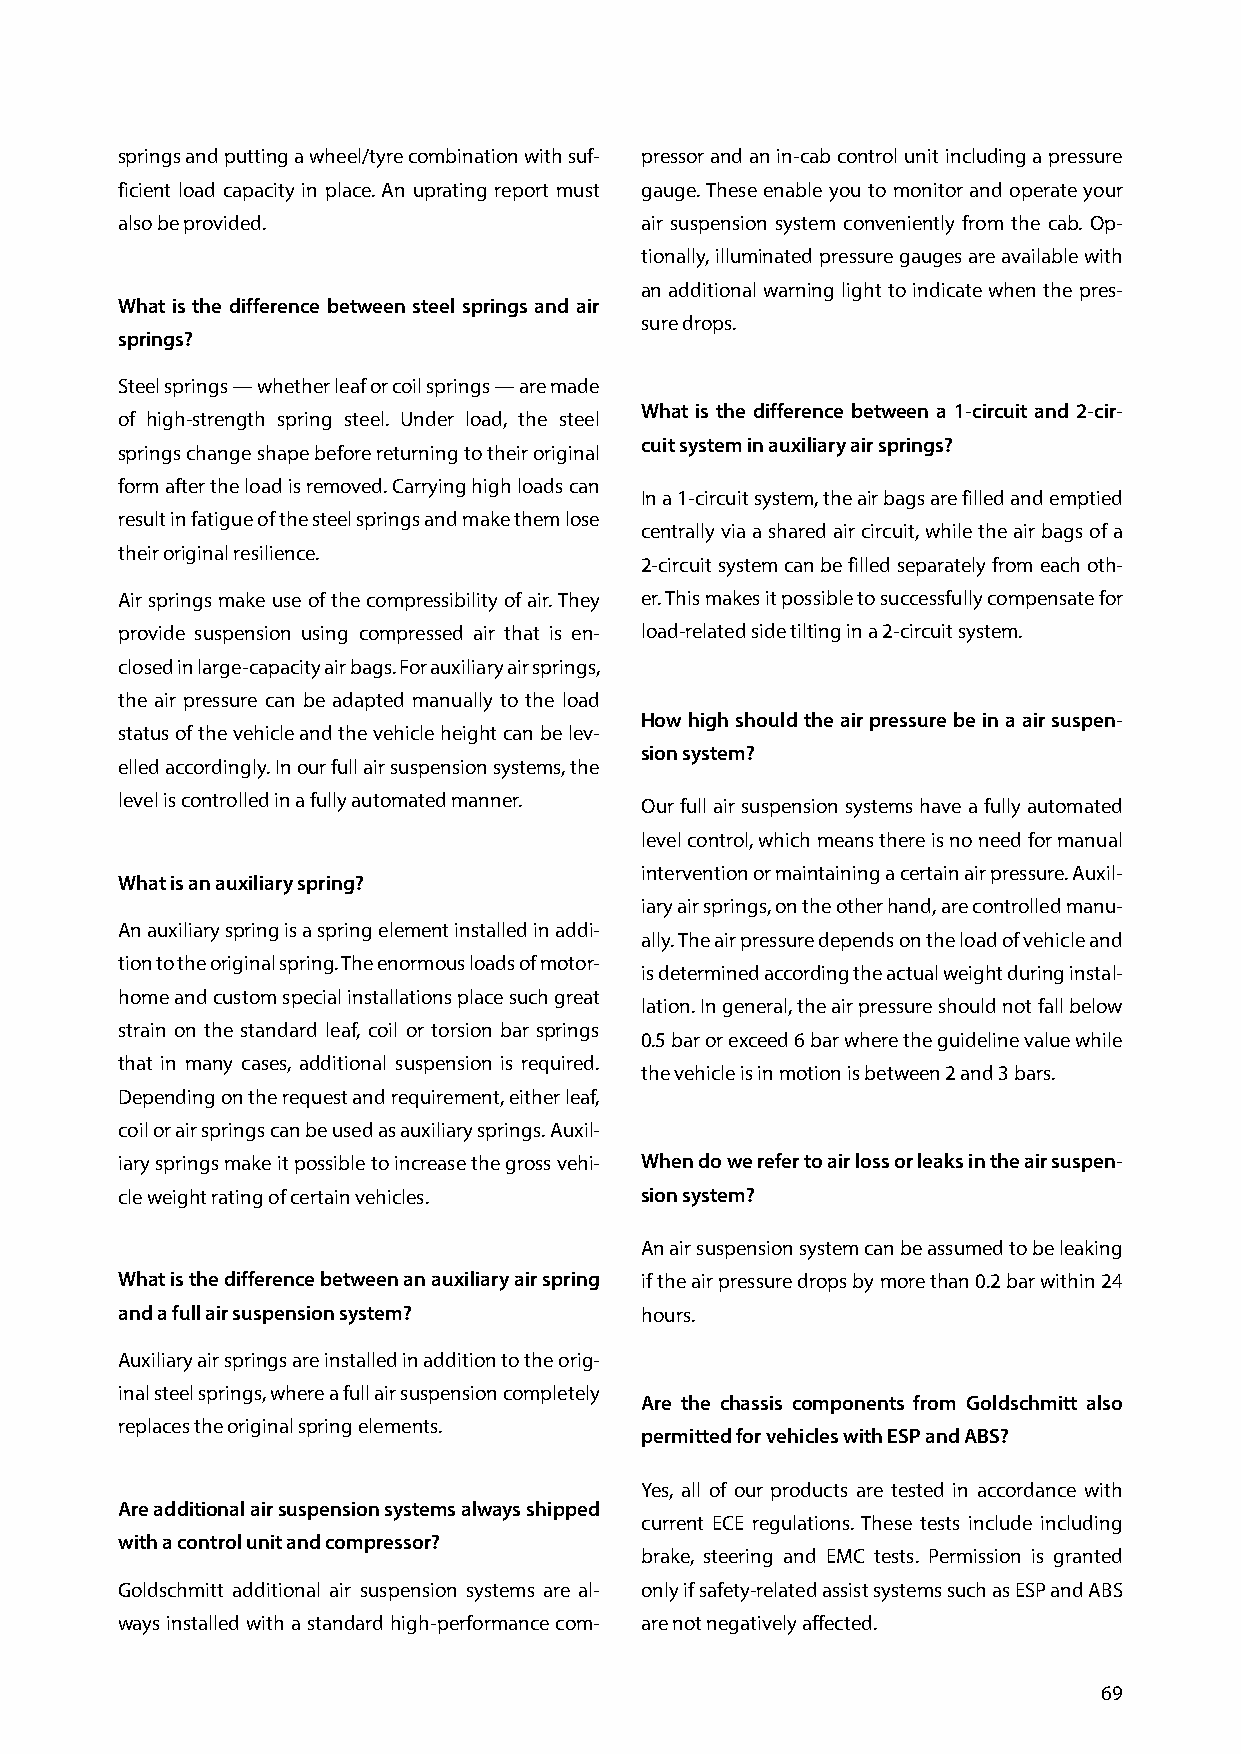
springs and putting a wheel/tyre combination with suf- pressor and an in-cab control unit including a pressure
 ficient load capacity in place. An uprating report must gauge. These enable you to monitor and operate your
 also be provided.                 air suspension system conveniently from the cab. Op-
 tionally, illuminated pressure gauges are available with
 an additional warning light to indicate when the pres-
 What is the difference between steel springs and air
 sure drops.
 springs?
 Steel springs — whether leaf or coil springs — are made
 What is the difference between a 1-circuit and 2-cir-
 of high-strength spring steel. Under load, the steel
 cuit system in auxiliary air springs?
 springs change shape before returning to their original
 form after the load is removed. Carrying high loads can
 In a 1-circuit system, the air bags are filled and emptied
 result in fatigue of the steel springs and make them lose
 centrally via a shared air circuit, while the air bags of a
 their original resilience.
 2-circuit system can be filled separately from each oth-
 Air springs make use of the compressibility of air. They er. This makes it possible to successfully compensate for
 provide suspension using compressed air that is en- load-related side tilting in a 2-circuit system.
 closed in large-capacity air bags. For auxiliary air springs,
 the air pressure can be adapted manually to the load
 How high should the air pressure be in a air suspen-
 status of the vehicle and the vehicle height can be lev-
 sion system?
 elled accordingly. In our full air suspension systems, the
 level is controlled in a fully automated manner. Our full air suspension systems have a fully automated
 level control, which means there is no need for manual
 intervention or maintaining a certain air pressure. Auxil-
 What is an auxiliary spring?
 iary air springs, on the other hand, are controlled manu-
 An auxiliary spring is a spring element installed in addi-
 ally. The air pressure depends on the load of vehicle and
 tion to the original spring. The enormous loads of motor-
 is determined according the actual weight during instal-
 home and custom special installations place such great
 lation. In general, the air pressure should not fall below
 strain on the standard leaf, coil or torsion bar springs
 0.5 bar or exceed 6 bar where the guideline value while
 that in many cases, additional suspension is required.
 the vehicle is in motion is between 2 and 3 bars.
 Depending on the request and requirement, either leaf,
 coil or air springs can be used as auxiliary springs. Auxil-
 iary springs make it possible to increase the gross vehi- When do we refer to air loss or leaks in the air suspen-
 cle weight rating of certain vehicles. sion system?
 An air suspension system can be assumed to be leaking
 What is the difference between an auxiliary air spring if the air pressure drops by more than 0.2 bar within 24
 and a full air suspension system? hours.
 Auxiliary air springs are installed in addition to the orig-
 inal steel springs, where a full air suspension completely
 Are the chassis components from Goldschmitt also
 replaces the original spring elements.
 permitted for vehicles with ESP and ABS?
 Yes, all of our products are tested in accordance with
 Are additional air suspension systems always shipped
 current ECE regulations. These tests include including
 with a control unit and compressor?
 brake, steering and EMC tests. Permission is granted
 Goldschmitt additional air suspension systems are al- only if safety-related assist systems such as ESP and ABS
 ways installed with a standard high-performance com- are not negatively affected.
 69